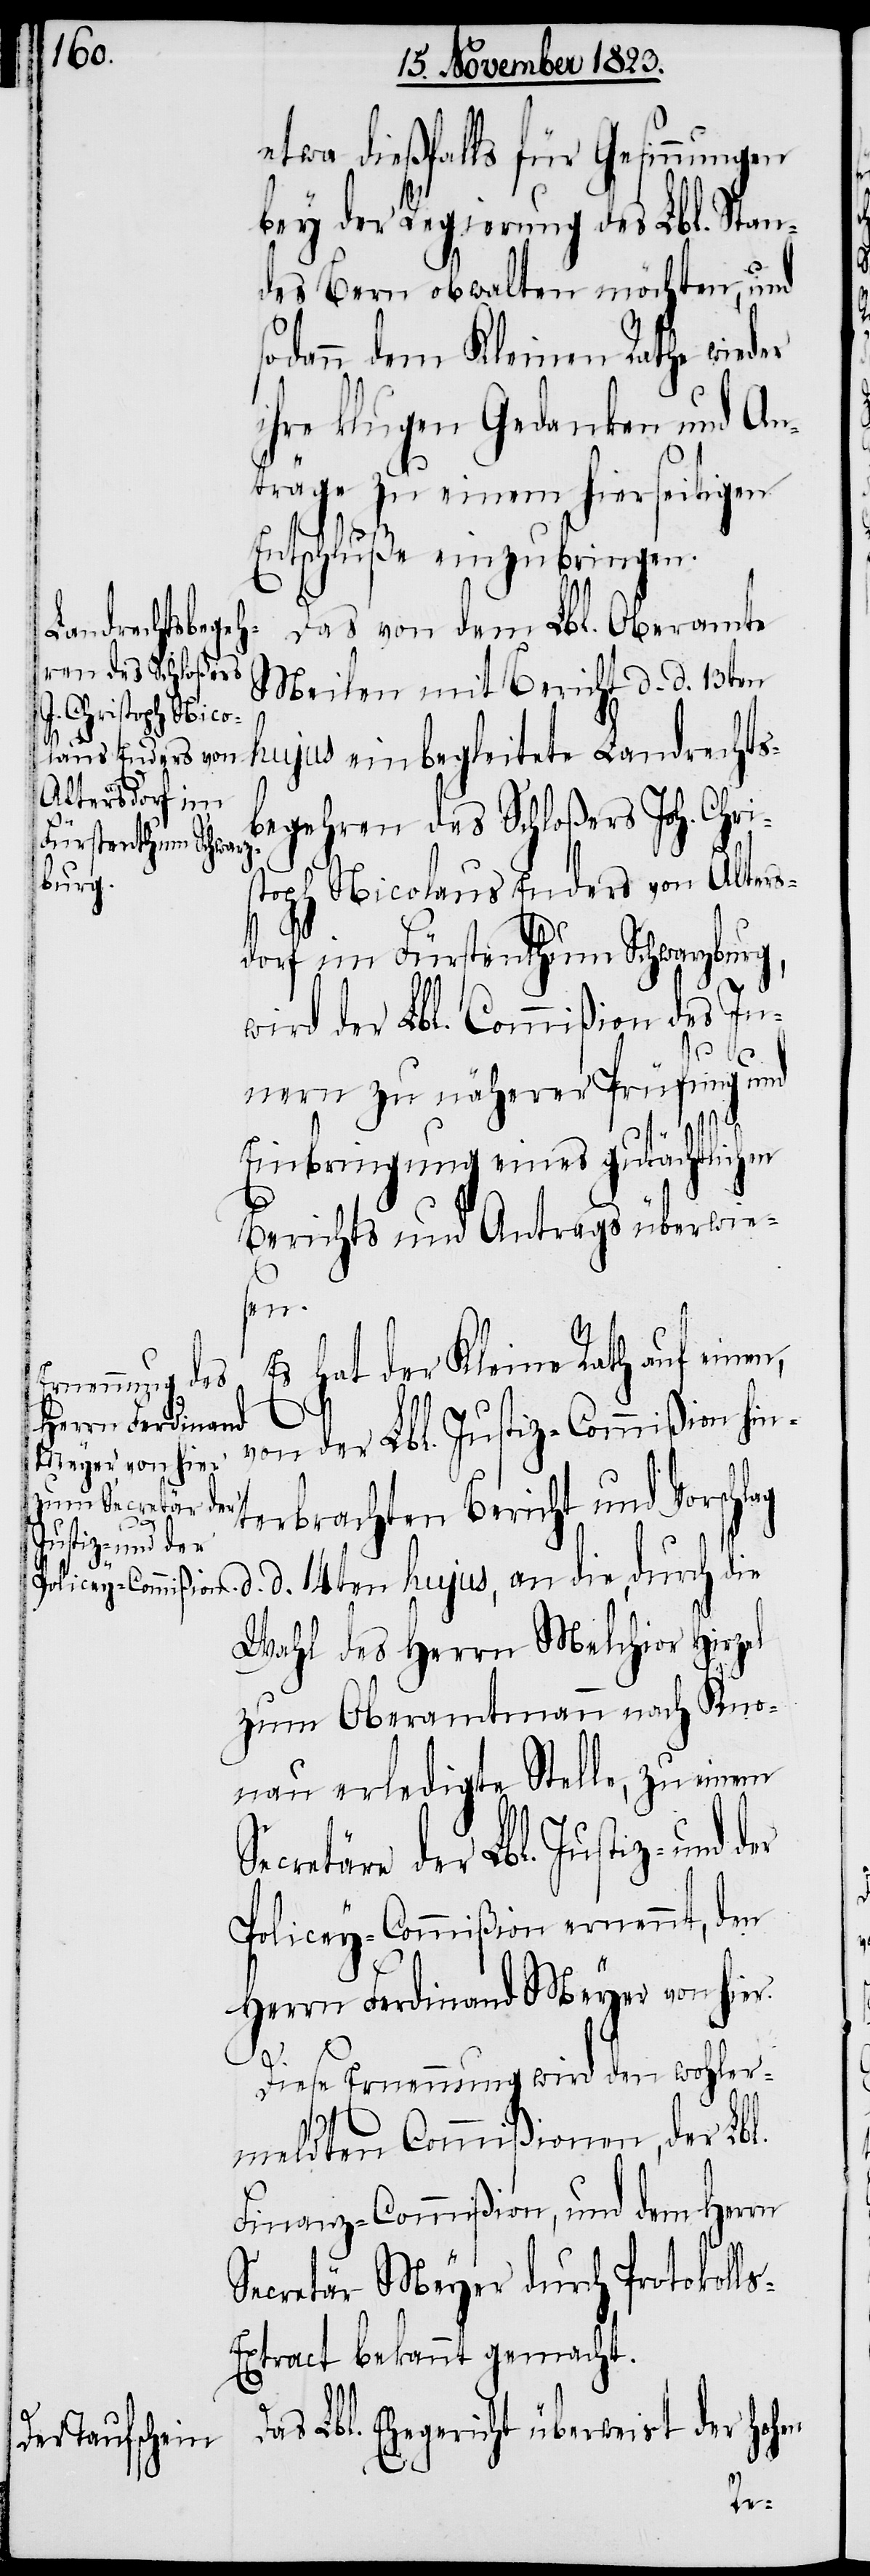
etwa dießfalls für Gesinnungen
bey der Regierung des Lbl. Stan¬
des Bern obwalten möchten, und
sodann dem Kleinen Rathe wieder
ihre klugen Gedanken und An¬
träge zu einem hierseitigen
Entschluße einzubringen.
Das von dem Lbl. Oberamte
Meilen mit Bericht d. d. 13ten
Secretäre der
hujus einbegleitete Landrechtsb¬
egehren des Schloßers Joh. Chri¬
stoph Nicolaus Enders von Alters¬
dorf im Fürstenthum Schwarzburg,
wird der Lbl. Commißion des In¬
nern zu näherer Prüfung und
Einbringung eines gutächtlichen
Berichts und Antrags überwie¬
sen.
Es hat der Kleine Rath auf einen,
von der Lbl. Justiz-Commißion hin¬
terbrachten Bericht und Vorschlag
Justiz- und der
d. d. 14ten hujus, an die, durch die
Wahl des Herrn Melchior Hirzel
zum Oberamtmann nach Kno¬
nau erledigte Stelle, zu einem
Policey-Commißion ernennt, den
Herrn Ferdinand Meyer von hier.
Diese Ernennung wird den wohler¬
meldten Commißionen, der Lbl.
Finanz-Commißion, und dem Herrn
Secretär Meyer durch Protokoll¬
xtract bekannt gemacht.
Das Lbl. Ehegericht überweist der hohen
s-E¬